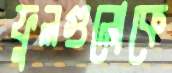
ফুলগুলোকে